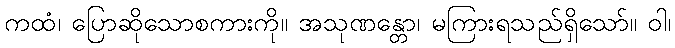
ကထံ၊ ပြောဆိုသောစကားကို။ အသုဏန္တော၊ မကြားရသည်ရှိသော်။ ဝါ၊